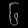
Digit: ၆